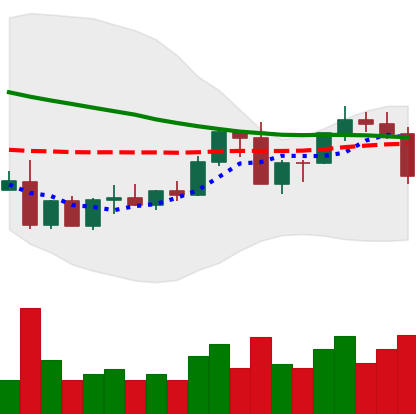
Ticker: ADA-USD
Chart end date: 2022-09-13
Forward return: -4.627%
Label: down_3_5